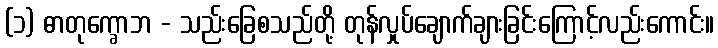
(၁) ဓာတုက္ခောဘ - သည်းခြေစသည်တို့ တုန်လှုပ်ချောက်ချားခြင်းကြောင့်လည်းကောင်း။